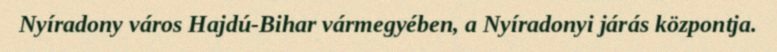
Nyíradony város Hajdú-Bihar vármegyében, a Nyíradonyi járás központja.